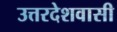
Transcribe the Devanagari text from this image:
उत्तरदेशवासी